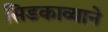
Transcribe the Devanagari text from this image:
सिडकाव्याने